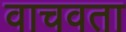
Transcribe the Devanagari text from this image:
वाचवता